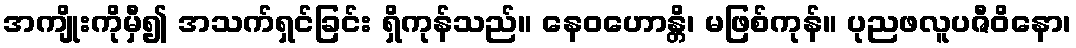
အကျိုးကိုမှီ၍ အသက်ရှင်ခြင်း ရှိကုန်သည်။ နေဝဟောန္တိ၊ မဖြစ်ကုန်။ ပုညဖလူပဇီဝိနော၊